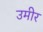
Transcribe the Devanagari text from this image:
उमीर